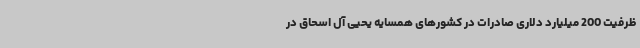
ظرفیت 200 میلیارد دلاری صادرات در کشورهای همسایه یحیی آل اسحاق در